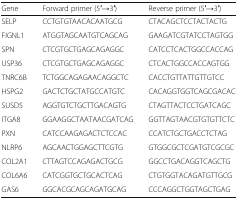
| Gene | Forward primer (5′→3′) | Reverse primer (5′→3′) |
 | --- | --- | --- |
 | SELP | CCTGTGTAACACAATGCG | CTACAGCTCCTACTACTG |
 | FIGNL1 | ATGGTAGCAATGTCAGCAG | GAAGATCGTATCCTAGTGG |
 | SPN | CTCGTGCTGAGCAGAGGC | CATCCTCACTGGCCACCAG |
 | USP36 | CTCGTGCTGAGCAGAGGC | CTCACTGGCCACCAGTGG |
 | TNRC6B | TCTGGCAGAGAACAGGCTC | CACCTGTTATTGTTGTCC |
 | HSPG2 | GACTCTGCTATGCCATGTC | CACAGGTGGTCAGCGACAC |
 | SUSD5 | AGGTGTCTGCTTGACAGTG | CTAGTTACTCCTGATCAGC |
 | ITGA8 | GGAAGGCTAATAACGATCAG | GGTTAGTAACGTGTGTTCTC |
 | PXN | CATCCAAGAGACTCTCCAC | CCATCTGCTGACCTCTAG |
 | NLRP6 | AGCAACTGGAGCTTCGTG | GTGGCGCTCGATGTCGCGC |
 | COL2A1 | CTTAGTCCAGAGACTGCG | GGCCTGACAGGTCAGCTG |
 | COL6A6 | CATCGGTGCTGCACTCAG | CTGTGGTACAGATGTTGCG |
 | GAS6 | GGCACGCAGCAGATGCAG | CCCAGGCTGGTAGCTGAG |